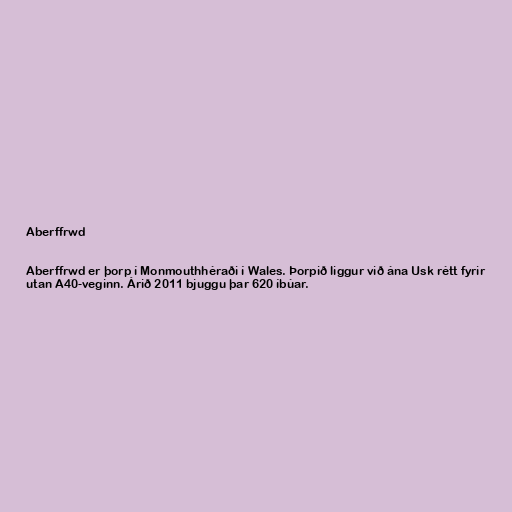
Aberffrwd

Aberffrwd er þorp í Monmouthhéraði í Wales. Þorpið liggur við ána Usk rétt fyrir
utan A40-veginn. Árið 2011 bjuggu þar 620 íbúar.